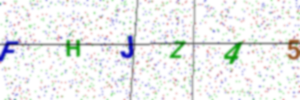
Text: FHJZ45